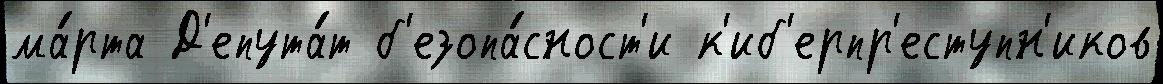
ма́рта Д'епута́т б'езопа́сност'и к'иб'ерпр'еступн'иков